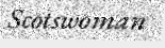
Scotswoman